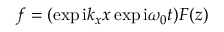
f = ( \exp { \mathrm { i } k _ { x } x } \exp { \mathrm { i } \omega _ { 0 } t } ) F ( z )